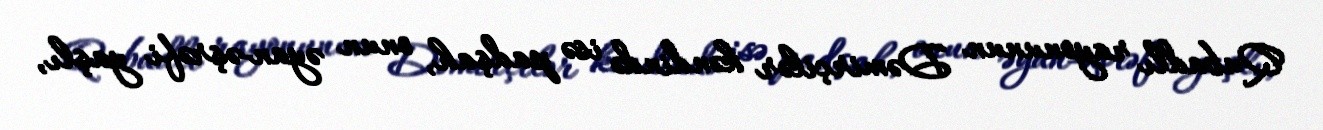
Qubadlı rayonunun Dəmirçilər kəndində isə padşah, onun əyan-əşrəfi yaşlı,